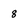
Character: 8